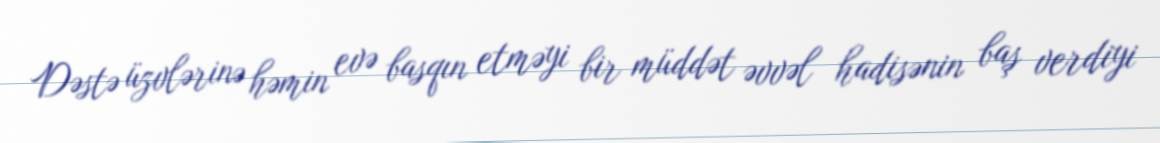
Dəstə üzvlərinə həmin evə basqın etməyi bir müddət əvvəl hadisənin baş verdiyi